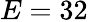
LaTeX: E=32